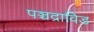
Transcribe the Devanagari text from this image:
पञ्चद्राविड